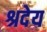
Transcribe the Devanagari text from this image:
श्रदेय